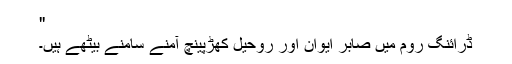
''
ڈرائنگ روم میں صابر ایوان اور روحیل کھڑپینچ آمنے سامنے بیٹھے ہیں۔